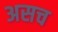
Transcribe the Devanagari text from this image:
असच